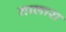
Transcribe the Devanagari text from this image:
तालारा